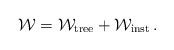
LaTeX: \begin{align*}{\cal W} = {\cal W}_{\rm tree}+ {\cal W}_{\rm inst}\, .\end{align*}